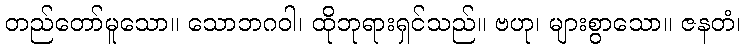
တည်တော်မူသော။ သောဘဂဝါ၊ ထိုဘုရားရှင်သည်။ ဗဟု၊ များစွာသော။ ဇနတံ၊